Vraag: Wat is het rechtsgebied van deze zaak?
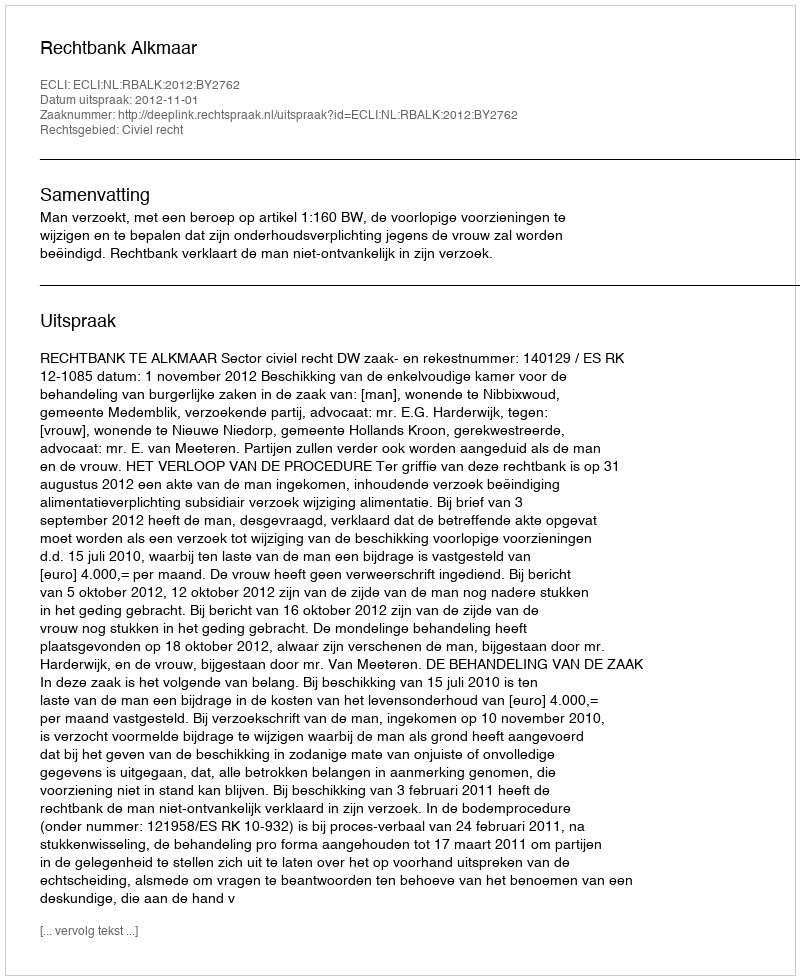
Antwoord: Civiel recht